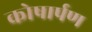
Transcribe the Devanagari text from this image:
कोषार्पण